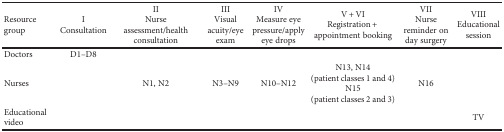
| Resource group | IConsultation | IINurse assessment/health consultation | IIIVisual acuity/eye exam | IVMeasure eye pressure/apply eye drops | V + VIRegistration + appointment booking | VIINurse reminder on day surgery | VIIIEducational session |
 | --- | --- | --- | --- | --- | --- | --- | --- |
 | Doctors | D1–D8 |  |  |  |  |  |  |
 | Nurses |  | N1, N2 | N3–N9 | N10–N12 | N13, N14 (patient classes 1 and 4) N15 (patient classes 2 and 3) | N16 |  |
 | Educational video |  |  |  |  |  |  | TV |